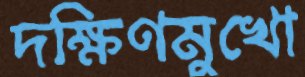
দক্ষিণমুখো